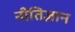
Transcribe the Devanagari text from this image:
नीतिज्ञान